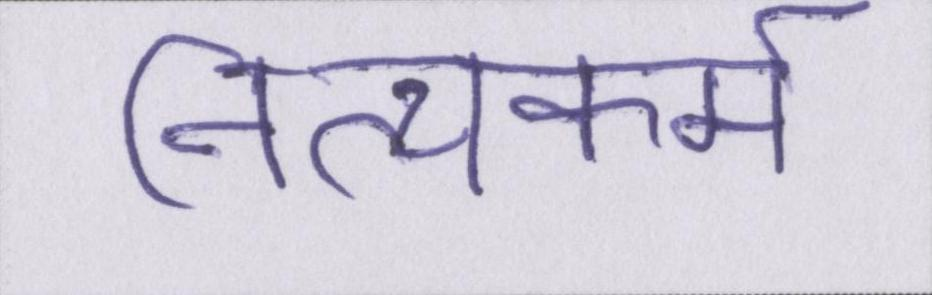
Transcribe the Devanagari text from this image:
नित्यकर्म